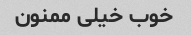
خوب خیلی ممنون